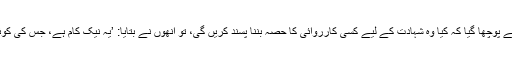
بیان میں کہا گیا ہے کہ، جب اُن سے پوچھا گیا کہ کیا وہ شہادت کے لیے کسی کارروائی کا حصہ بننا پسند کریں گی، تو اُنھوں نے بتایا: ’یہ نیک کام ہے، جس کی کوئی لڑکی خواہش ہی کر سکتی ہے‘۔